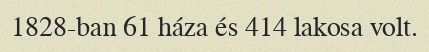
1828-ban 61 háza és 414 lakosa volt.